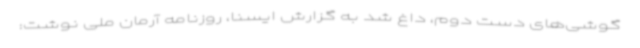
گوشی‌های دست دوم، داغ شد به گزارش ایسنا، روزنامه آرمان‌ ملی‌ نوشت: